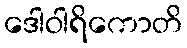
ဒေါဝါရိကောတိ